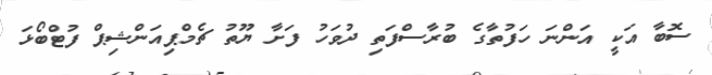
ސޮބާ އަކީ އަންނަ ހަފުތާގެ ބުރާސްފަތި ދުވަހު ފަށާ ޔޫތު ޗެމްޕިއަންޝިޕް ފުޓްބޯޅަ